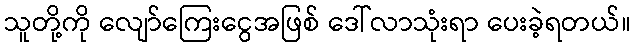
သူတို့ကို လျော်ကြေးငွေအဖြစ် ဒေါ်လာသုံးရာ ပေးခဲ့ရတယ်။